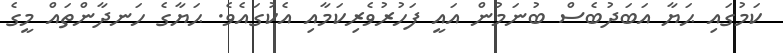
ކަމުގައި ޙަޔާ އަބަދުބެސް ބުނަމުން އައީ ފަހުރުވެރިކަމާއި އެކުގައެވެ. ޙަޔާގެ ހަނދާންތައް މީގެ